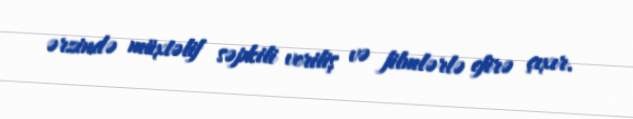
ərzində müxtəlif səpkili veriliş və filmlərlə efirə çıxır.